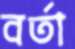
বর্তা